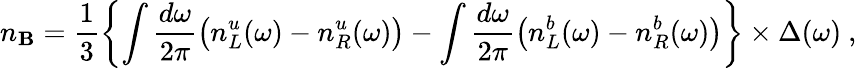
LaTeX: n_{\mathbf{B}}={\frac{{1}}{{3}}}\biggl\{ \int{\frac{{d\omega}}{{2\pi}}}\bigl(n_{L}^{u}(\omega)-n_{R}^{u}(\omega)\bigr)-\int{\frac{{d\omega}}{{2\pi}}}\bigl(n_{L}^{b}(\omega)-n_{R}^{b}(\omega)\bigr)\biggr\} \times\Delta(\omega)\ ,